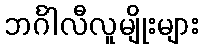
ဘင်္ဂါလီလူမျိုးများ